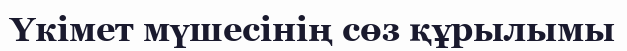
Үкімет мүшесінің сөз құрылымы